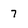
Character: 7